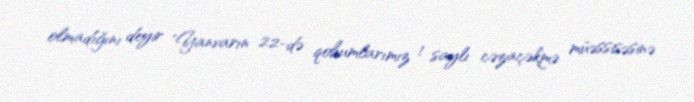
olmadığını deyir "Yanvarın 22-də qohumlarımız 1 saylı cəzaçəkmə müəssisəsinə